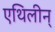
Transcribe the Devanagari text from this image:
एथिलीन्‌